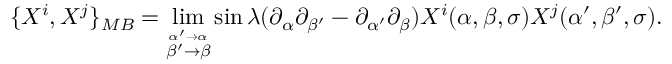
\{ X ^ { i } , X ^ { j } \} _ { M B } = \operatorname * { l i m } _ { \stackrel { \alpha ^ { \prime } \to \alpha } { \beta ^ { \prime } \to \beta } } \sin \lambda ( \partial _ { \alpha } \partial _ { \beta ^ { \prime } } - \partial _ { \alpha ^ { \prime } } \partial _ { \beta } ) X ^ { i } ( \alpha , \beta , \sigma ) X ^ { j } ( \alpha ^ { \prime } , \beta ^ { \prime } , \sigma ) .